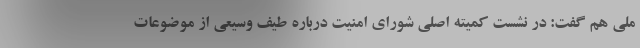
ملی هم گفت: در نشست کمیته اصلی شورای امنیت درباره طیف وسیعی از موضوعات